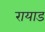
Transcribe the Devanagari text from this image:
रायाड